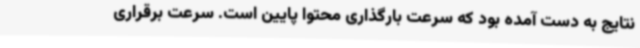
نتایج به دست آمده بود که سرعت بارگذاری محتوا پایین است. سرعت برقراری